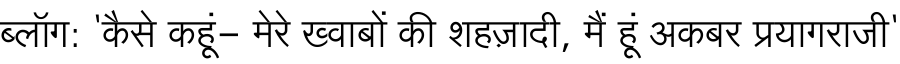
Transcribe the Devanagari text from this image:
ब्लॉग: 'कैसे कहूं- मेरे ख्वाबों की शहज़ादी, मैं हूं अकबर प्रयागराजी'